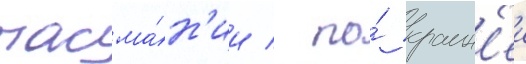
тасма́н'ии / по́ краин'еи